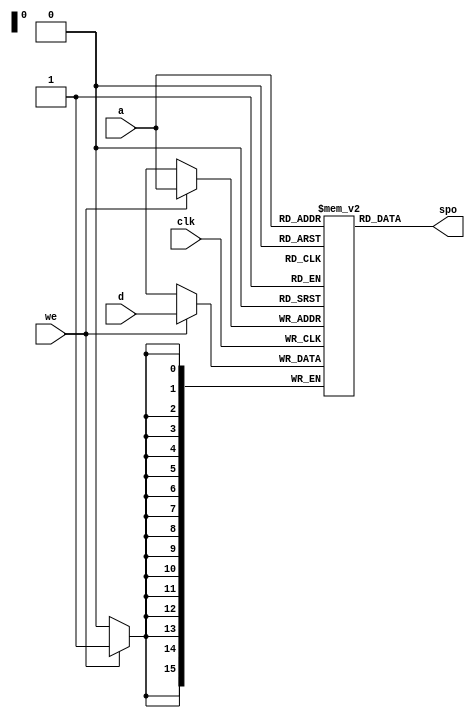
module LC3_RAMblock(
		input [15 : 0] a,
		input [15 : 0] d,
		input clk,
		input we,
		output [15 : 0] spo
    );
	 
	 (*  ram_init_file = "LC3MEM.mif " *)reg	[15:0]	block	[65535:0];
	 
	 initial block[16'h002]=16'h700;
	 initial block[16'h180]=16'h200;
	 
	 initial block[16'h200]=16'b0010000000000001; //LD R0,#2
	 initial block[16'h201]=16'b1100000000000000; //JMP R0
	 initial block[16'h202]=16'h203;
	 initial block[16'h203]=16'b1010001000000011; //LDI R1,#3
	 initial block[16'h204]=16'b0110010001000000; //LDR R2,R1,#0
	 initial block[16'h205]=16'b0100000010000000; //JSRR R2
	 initial block[16'h206]=16'b1111000000000010; //TRAP x02
	 initial block[16'h207]=16'h208;					 
	 initial block[16'h208]=16'h209;
	 initial block[16'h209]=16'h20a;
	 initial block[16'h20a]=16'b1100000111000000; //RET
	 
	 //set keyboard interrupt
	 initial block[16'h6fe]=16'b0100000000000000;
	 initial block[16'h6ff]=16'hfe00;				 //KBSR
	 initial block[16'h700]=16'b0010011111111101; //LD  R3,#-3
	 initial block[16'h701]=16'b1011011111111101; //STI R3,#-3
	 initial block[16'h702]=16'b1100000111000000; //RET
	 
	 

	 

	 always@(posedge clk)	begin
		if(we)
			block[a]<=d;
	 end
	 
	 assign	spo=block[a];

endmodule